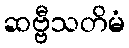
ဆဗ္ဗီသတိမံ